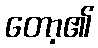
တော့၏